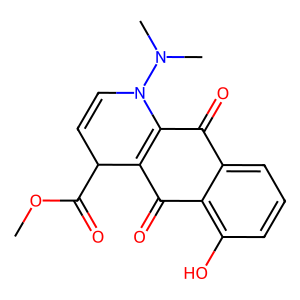
SMILES: COC(=O)C1C=CN(N(C)C)C2=C1C(=O)c1c(O)cccc1C2=O
Inhibits HIV replication: No